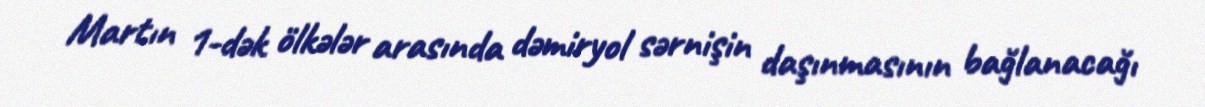
Martın 1-dək ölkələr arasında dəmiryol sərnişin daşınmasının bağlanacağı